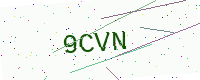
Text: 9CVN